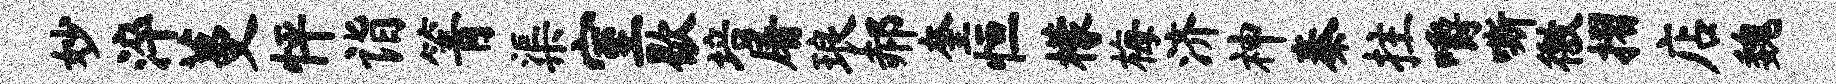
妙淬蔓怦诣箐渠室歇培屠琅郝奎恒檬梅济神秦拄嚼嘶徼摺店魏